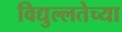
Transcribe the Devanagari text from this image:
विद्युल्लतेच्या